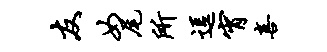
友女尾所逗宵喜